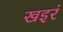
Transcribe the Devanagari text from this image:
खइरं